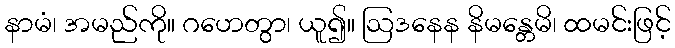
နာမံ၊ အမည်ကို။ ဂဟေတွာ၊ ယူ၍။ ဩဒနေန နိမန္တေမိ၊ ထမင်းဖြင့်